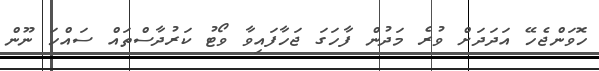
ހޮވަންޖެހޭ އަދަދަށް ވުރެ މަދުން ފާހަގަ ޖަހާފައިވާ ވޯޓު ކަރުދާސްތައް ސައްހަ ނޫން